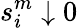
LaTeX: s_{i}^{m}\downarrow 0